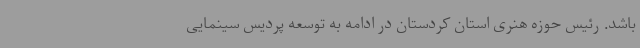
باشد. رئیس حوزه هنری استان کردستان در ادامه به توسعه پردیس سینمایی